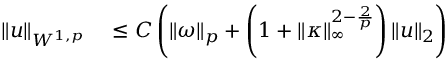
\begin{array} { r l } { \| u \| _ { W ^ { 1 , p } } } & { { } \leq C \left( \| \omega \| _ { p } + \left( 1 + \| \kappa \| _ { \infty } ^ { 2 - \frac { 2 } { p } } \right) \| u \| _ { 2 } \right) } \end{array}